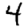
Digit: 4